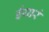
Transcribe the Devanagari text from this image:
ईयारं